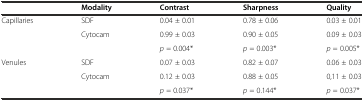
<table><thead><tr><td>[EMPTY_CELL]</td><td><b>Modality</b></td><td><b>Contrast</b></td><td><b>Sharpness</b></td><td><b>Quality</b></td></tr></thead><tbody><tr><td>Capillaries</td><td>SDF</td><td>0.04 ± 0.01</td><td>0.78 ± 0.06</td><td>0.03 ± 0.01</td></tr><tr><td>[EMPTY_CELL]</td><td>Cytocam</td><td>0.99 ± 0.03</td><td>0.90 ± 0.05</td><td>0.09 ± 0.03</td></tr><tr><td>[EMPTY_CELL]</td><td>[EMPTY_CELL]</td><td><i>p</i> = 0.004*</td><td><i>p</i> = 0.003*</td><td><i>p</i> = 0.005*</td></tr><tr><td>Venules</td><td>SDF</td><td>0.07 ± 0.03</td><td>0.82 ± 0.07</td><td>0.06 ± 0.03</td></tr><tr><td>[EMPTY_CELL]</td><td>Cytocam</td><td>0.12 ± 0.03</td><td>0.88 ± 0.05</td><td>0,11 ± 0.03</td></tr><tr><td>[EMPTY_CELL]</td><td>[EMPTY_CELL]</td><td><i>p</i> = 0.037*</td><td><i>p</i> = 0.144*</td><td><i>p</i> = 0.037*</td></tr></tbody></table>